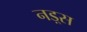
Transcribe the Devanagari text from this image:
नड़्स